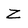
Character: Z